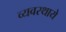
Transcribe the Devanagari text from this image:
व्यवस्थाये